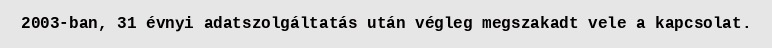
2003-ban, 31 évnyi adatszolgáltatás után végleg megszakadt vele a kapcsolat.